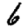
Digit: 6